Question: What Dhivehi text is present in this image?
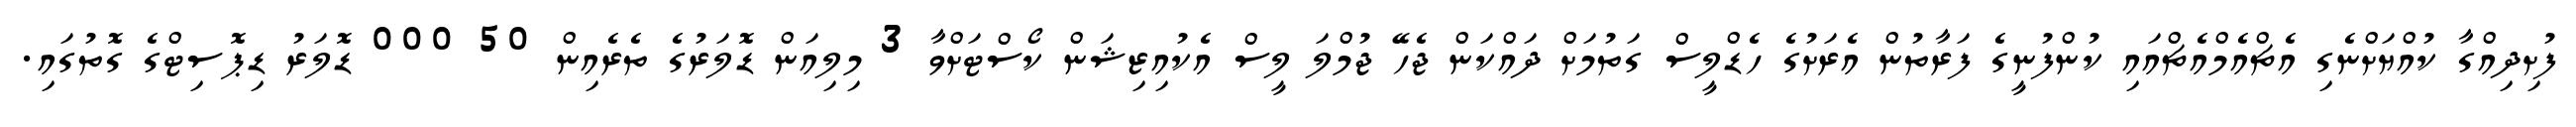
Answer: ފުށިދިއްގާ ކުއްޔަށްނެގި އެޗްއެމްއެޗްއައި ކުންފުނީގެ ފަރާތުން އެރަށުގެ ހެޑްލީސް ގަތުމަށް ދައްކަން ޖެހޭ ޖުމްލަ ލީސް އެކުއިޒިޝަން ކޯސްޓަށްވާ 3 މިލިއަން ޑޮލަރުގެ ތެރެއިން 50 000 ޑޮލަރު ޑިޕޮސިޓްގެ ގޮތުގައި.